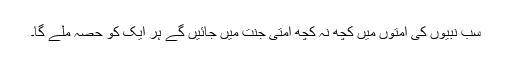
سب نبیوں کی اُمتوں میں کچھ نہ کچھ اُمتی جنت میں جائیں گے ہر ایک کو حصہ ملے گا۔